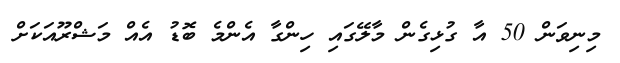
މިނިވަން 50 އާ ގުޅިގެން މާލޭގައި ހިންގާ އެންމެ ބޮޑު އެއް މަޝްރޫއަކަށް